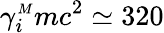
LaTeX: \gamma_{i}^{{\scriptscriptstyle M}}mc^{2}\simeq 320